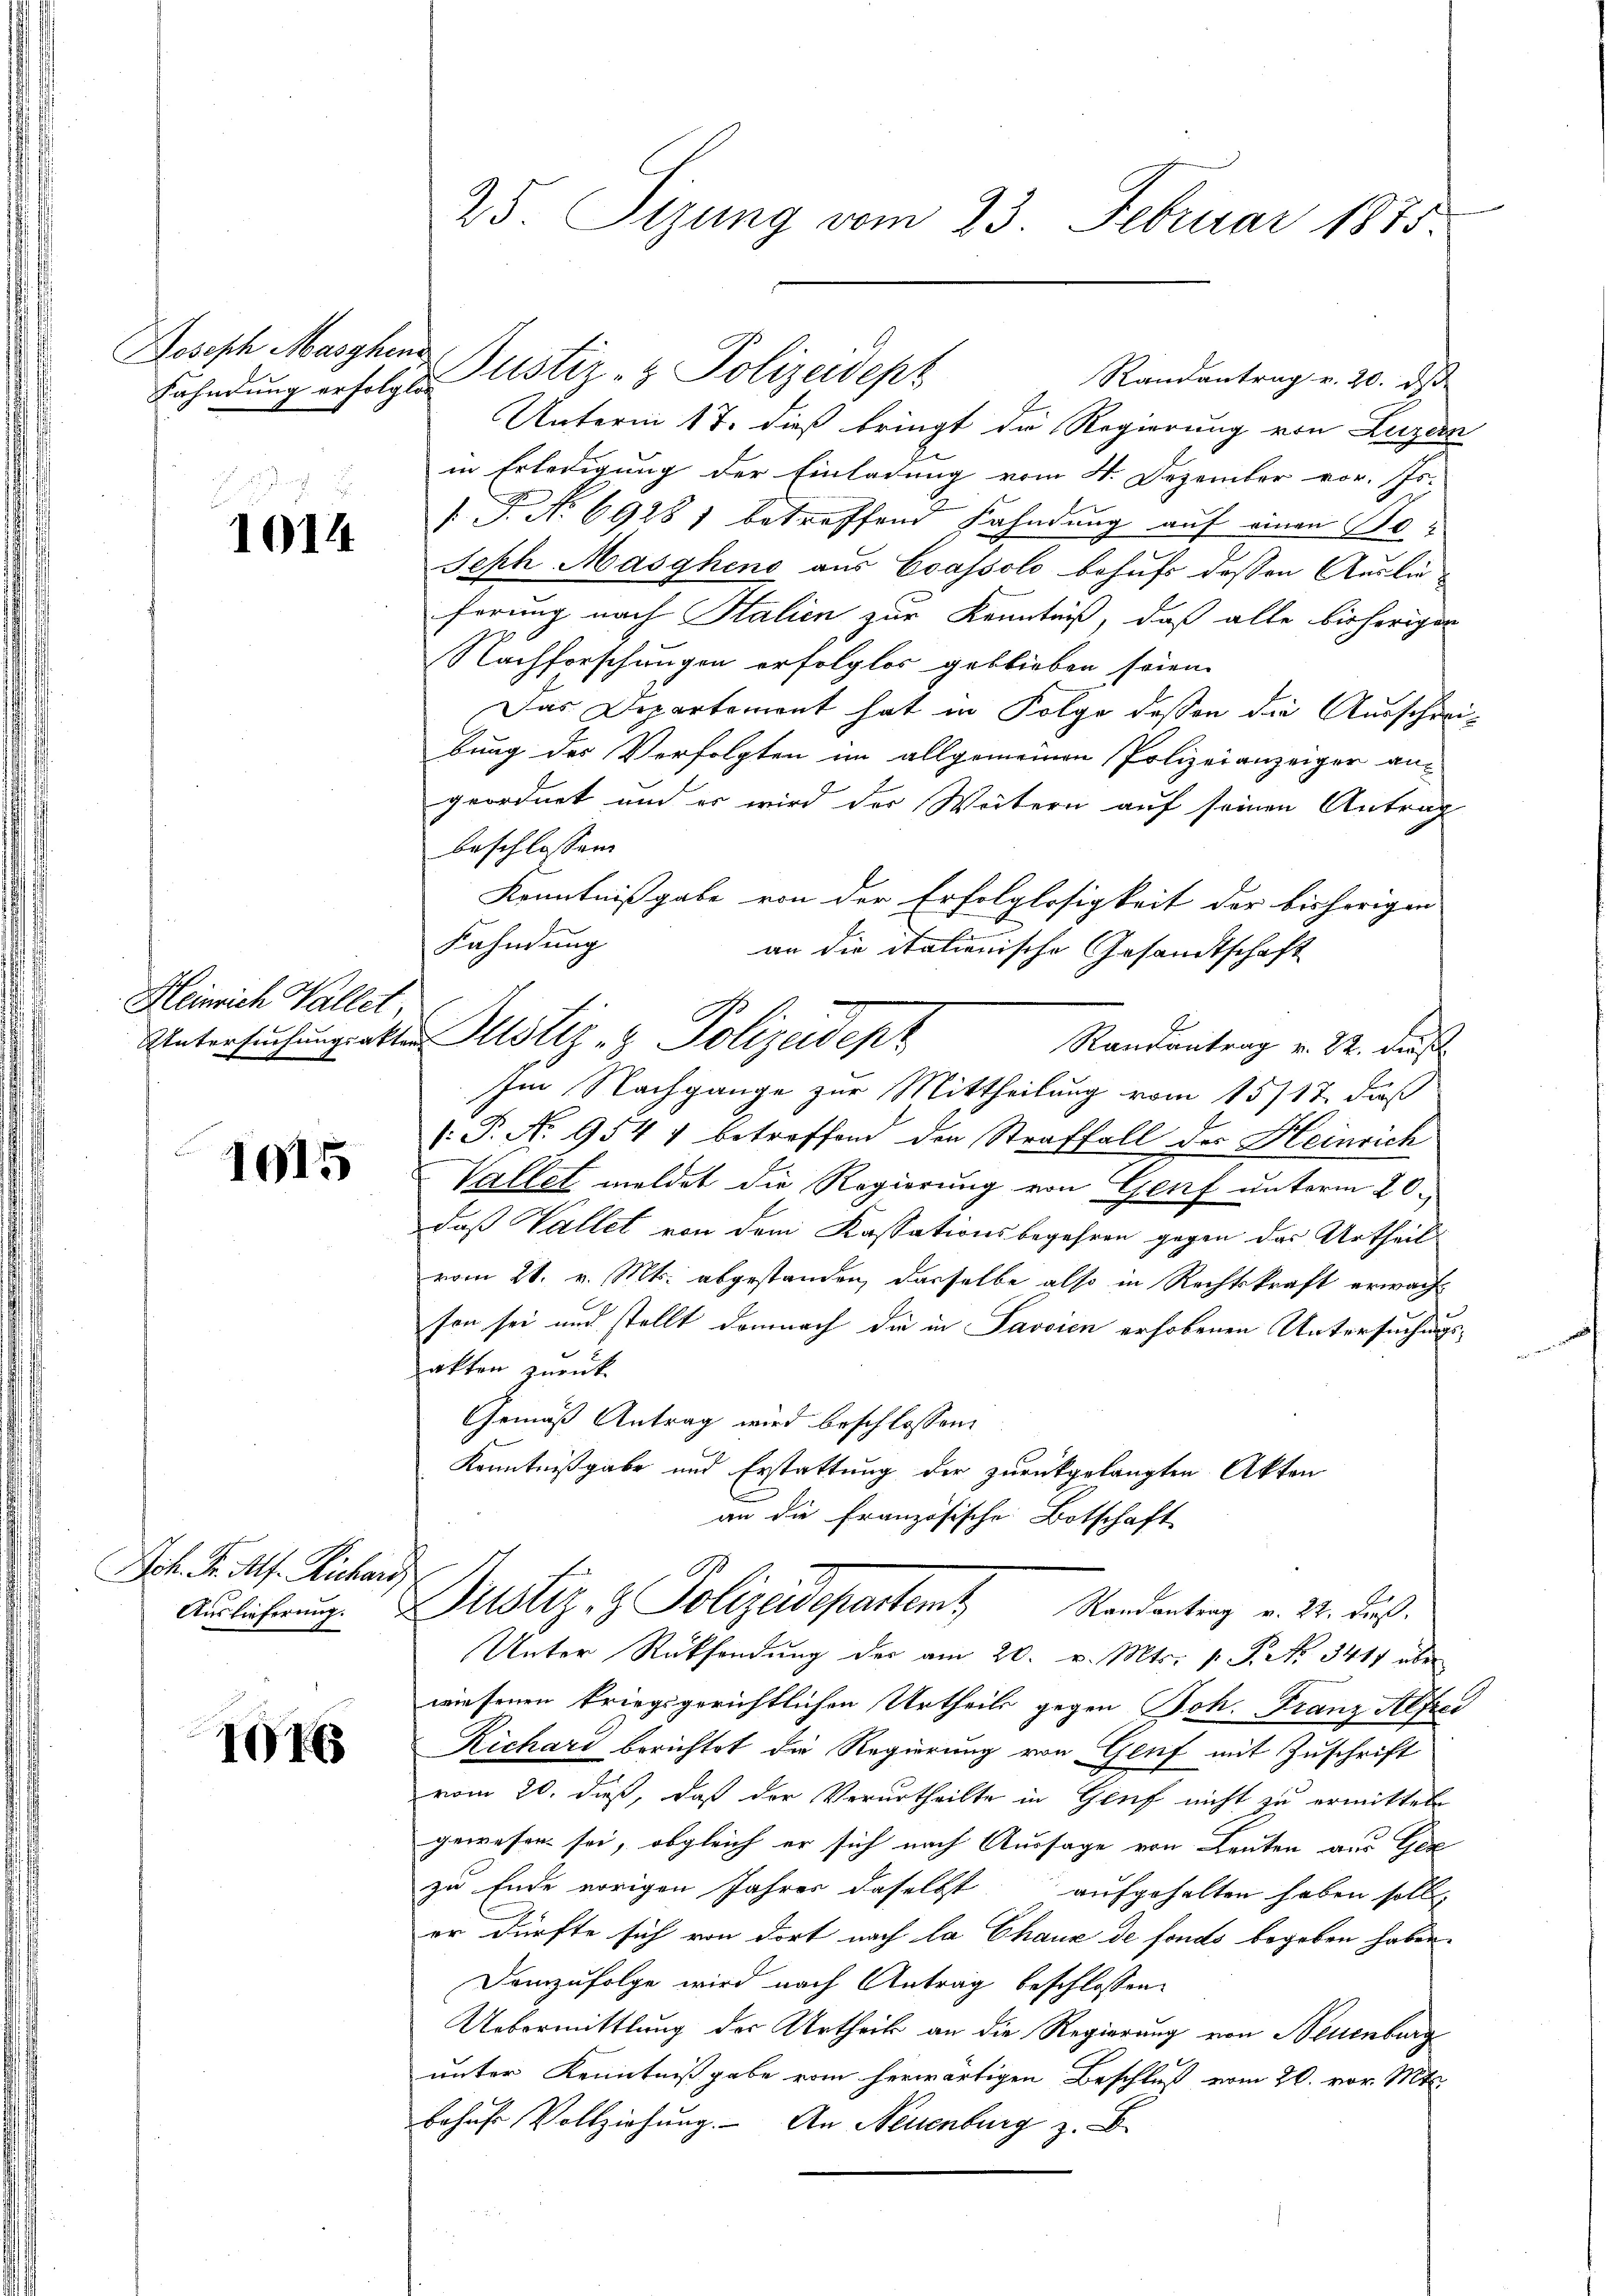
oseph Maschene

1014

Heinrich Wallet,

1015

Joh. Fr. A. Richard

1076

25. Sizung vom 23. Februar 1875

Randantrag v. 20. ds
Fahndung erfolgte ustiz- & Polizeidepz
.
Unterm 17. dieß bringt die Regierung von Luzern
in Erledigung der Einladung vom 8. Dezember vor. Js.
 P. No 69281 betreffend Fahndung auf einen Po¬
Seph Maschens aus Coassolo behufs dessen Auslieferung nach Italien zur Kenntniß, daß alle bisherigen
Nachforschungen erfolglos geblieben seien.
Das Departement hat in Folge dessen die Ausschrei-
bung des Verfolgten im allgemeinen Polizeianzeiger an-
geordnet und er wird der Weitern auf seinen Antrag
beschlossen.
Kenntnißgabe von der Erfolglosigkeit der bisherigen
Kahndung
an die italionische Gesandtschaft
Untersuchungsakter Justiz- & Polizeident
Randantrag v. 22. dies
Im Nachgange zur Mittheilung vom 15717. daß
: P. No. 9547 betreffend den Straffall des Heinrich
Vallel meldet die Regierung von Genf unterm 20.
daß Vallet von dem Kassationsbegehren gegen das Urtheil
vom 21. v. Mts. abgestanden, dasselbe also in Rechtskraft erwachson sei und stellt demnach die in Passien erhobenen Untersuchungsakten zurück
Gemäß Antrag wird beschlossen:
Kenntnißgabe und Erstattung der zurückgelangten Akten
an die französische Botschaft
Auführung. Distiz & Polizeidepartemt Standentrag v. 24. dus.
Unter Rücksendung der am 20. v. Mts. v. P. No. 341 über
wiesenen kriegsgerichtlichen Urtheils gegen Joh. Franz Alfrei
Richard berichtet die Regierung von Genf mit Zuschrift
vom 20. dieß, daß der Verurtheilte in Genf nicht zu ermittel
gewesen sei, obgleich er sich nach Aussage von Leuten aus Gel
zu Ende vorigen Jahres daselbst aufgehalten haben soll,
er dürfte sich von dort nach la Chaux de fonds begeben haben.
Demzufolge wird nach Antrag beschlossen:
Uebermittlung der Urtheils an die Regierung von Neuenburg
unter Kenntnißgabe vom herwärtigen Beschluß vom 20. vor. Mts.
bohns Vollziehung. An Neuenburg z. B.